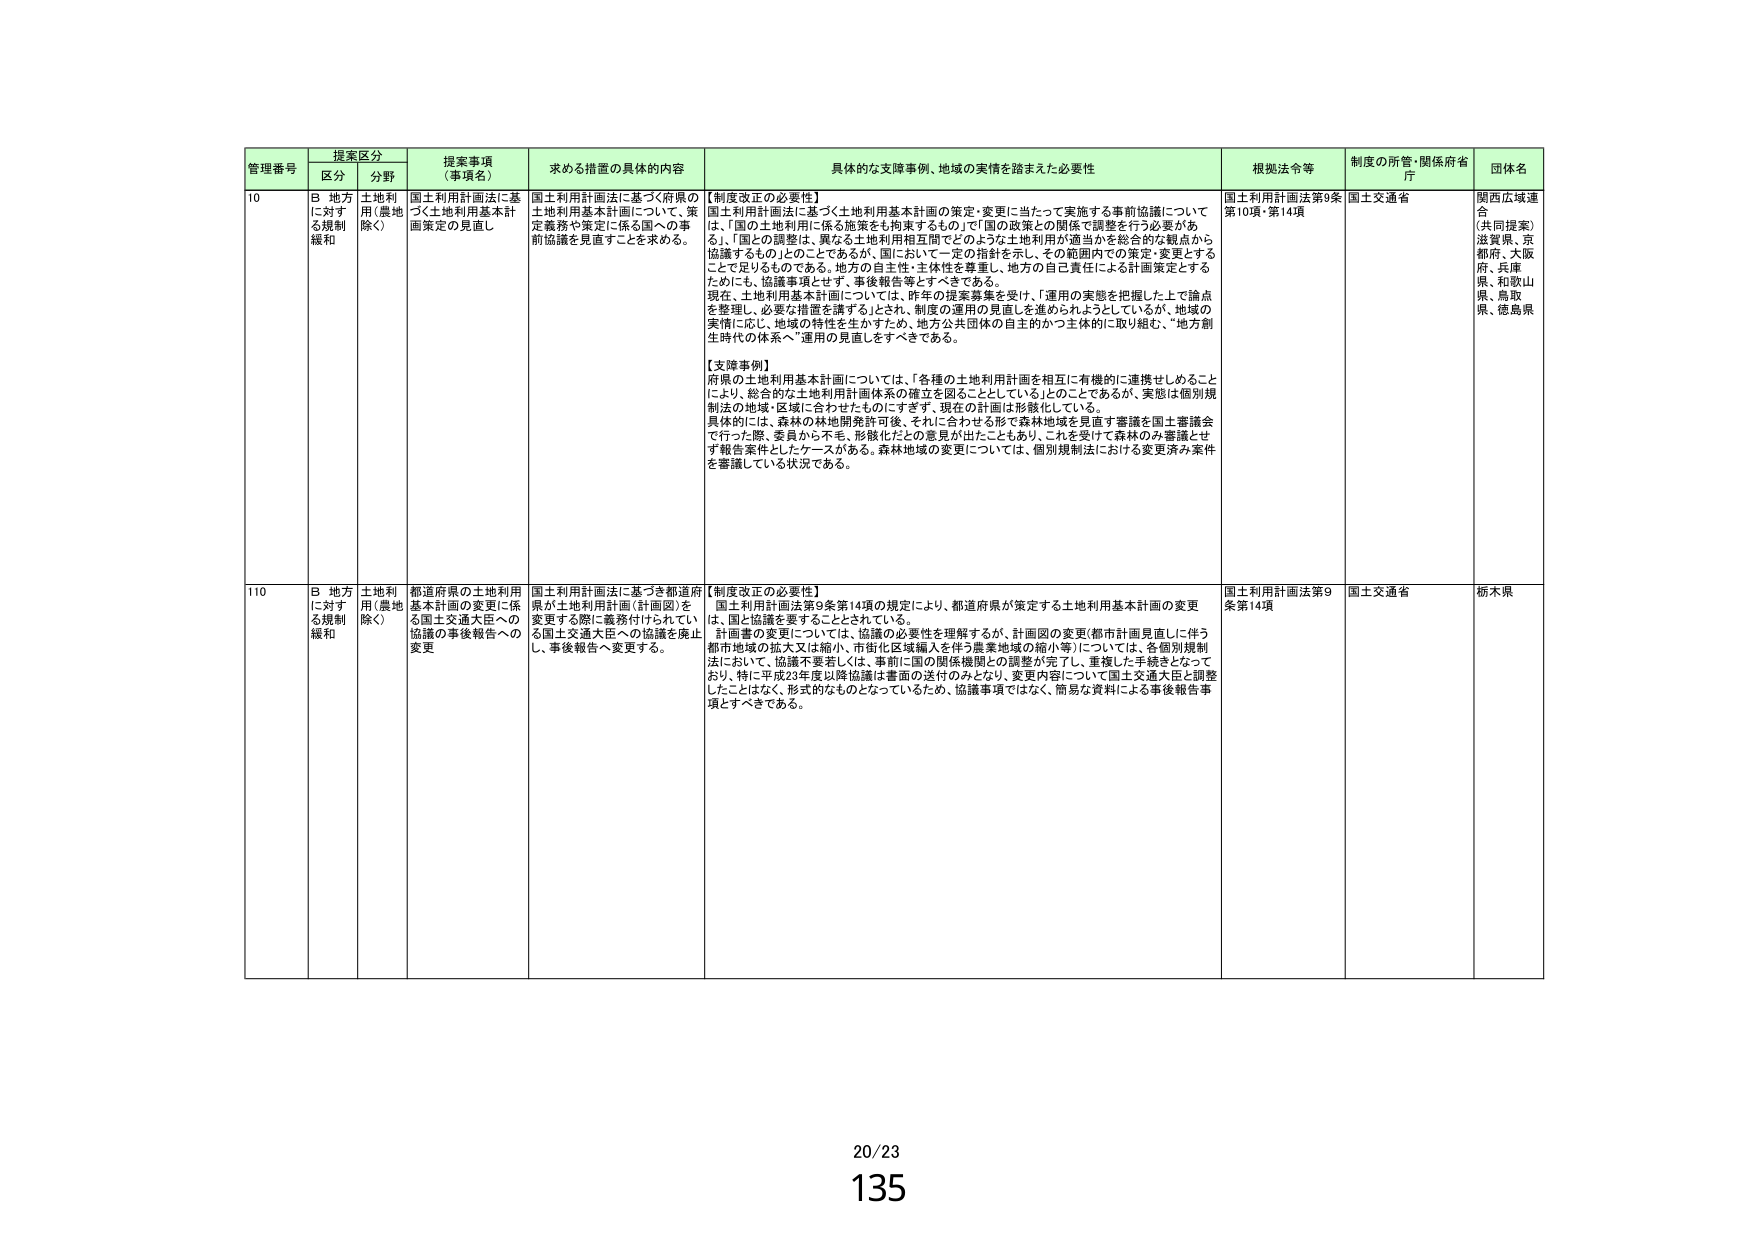
管理番号 提案区分 提案事項（事項名） 求める措置の具体的内容 具体的な支援事例、地域の実情を踏まえた必要性 根拠法令等 制度の所管・関係府省庁 団体名
区分 分野
10 B 地方に対する規制緩和 土地利用（農地除く） 国土利用計画法に基づく土地利用基本計画策定の見直し 国土利用計画法に基づく府県の土地利用基本計画について、策定義務や策定に係る国への事前協議を見直すことを求める。 【制度改正の必要性】 国土利用計画法に基づく土地利用基本計画の策定・変更に当たって実施する事前協議については、「国の土地利用に係る施策をも拘束するもの」で「国の政策との関係で調整を行う必要がある」、「国の調整は、異なる土地利用相互間でどのような土地利用が適当かを総合的な観点から協議するもの」とのことであるが、国において一定の指針を示し、その範囲内での策定・変更とすることも足りるものである。地方の自主性・主体性を尊重し、地方の自己責任による計画策定とするためにも、協議事項とせず、事後報告等とすべきである。 現在、土地利用基本計画については、昨年の提案募集を受け、「運用の実態を把握した上で論点を整理し、必要な措置を講ずる」とされ、制度の運用の見直しを進められようとしているが、地域の実情に応じ、地域の特性を生かすため、地方公共団体の自主的かつ主体的に取り組む、“地方創生時代の体系へ”運用の見直しをすべきである。 【支援事例】 府県の土地利用基本計画については、「各種の土地利用計画を相互に有機的に連携せしめることにより、総合的な土地利用計画体系の確立を図ることとしている」ことであるが、実態は個別規制法の地域・区域に合わせたものにすぎず、現在の計画は形骸化している。 具体的には、森林の林地開発許可後、それに合わせる形で森林地域を見直す審議を国土審議会で行った際、委員から不毛、形骸化だとの意見が出たこともあり、これを受けて森林のみ審議とせず報告案件としたケースがある。森林地域の変更については、個別規制法における変更済み案件を審議している状況である。 国土利用計画法第9条第10項・第14項 国土交通省 関西広域連合 （共同提案） 滋賀県、京都府、大阪府、兵庫県、和歌山県、鳥取県、徳島県
110 B 地方に対する規制緩和 土地利用（農地除く） 都道府県の土地利用基本計画の変更に係る国土交通大臣への協議の事後報告への変更 国土利用計画法に基づき都道府県が土地利用計画（計画図）を変更する際に義務付けられている国土交通大臣への協議を廃止し、事後報告へ変更する。 【制度改正の必要性】 国土利用計画法第9条第14項の規定により、都道府県が策定する土地利用基本計画の変更は、国と協議を要することとされている。 計画書の変更については、協議の必要性を理解するが、計画図の変更（都市計画見直しに伴う都市地域の拡大又は縮小、市街化区域編入を伴う農業地域の縮小等）については、各個別規制法において、協議不要若しくは、事前に国の関係機関との調整が完了し、重複した手続きとなっており、特に平成23年度以降協議は書面の送付のみとなり、変更内容について国土交通大臣と調整したことはなく、形式的なものとなっているため、協議事項ではなく、簡易な資料による事後報告事項とすべきである。 国土利用計画法第9条第14項 国土交通省 栃木県
20/23
135